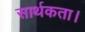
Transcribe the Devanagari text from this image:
सार्थकता।